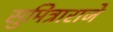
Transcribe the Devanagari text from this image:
सुमित्राराजे